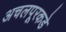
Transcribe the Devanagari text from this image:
अचलपूरकडे